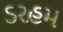
ડરહમ